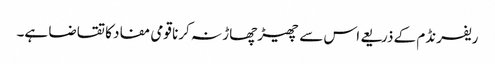
ریفرنڈم کے ذریعے اس سے چھیڑچھاڑ نہ کرنا قومی مفاد کا تقاضا ہے۔